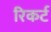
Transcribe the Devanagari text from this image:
रिकर्ट